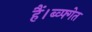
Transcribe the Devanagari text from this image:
हैं।ब्व्फ्गेत